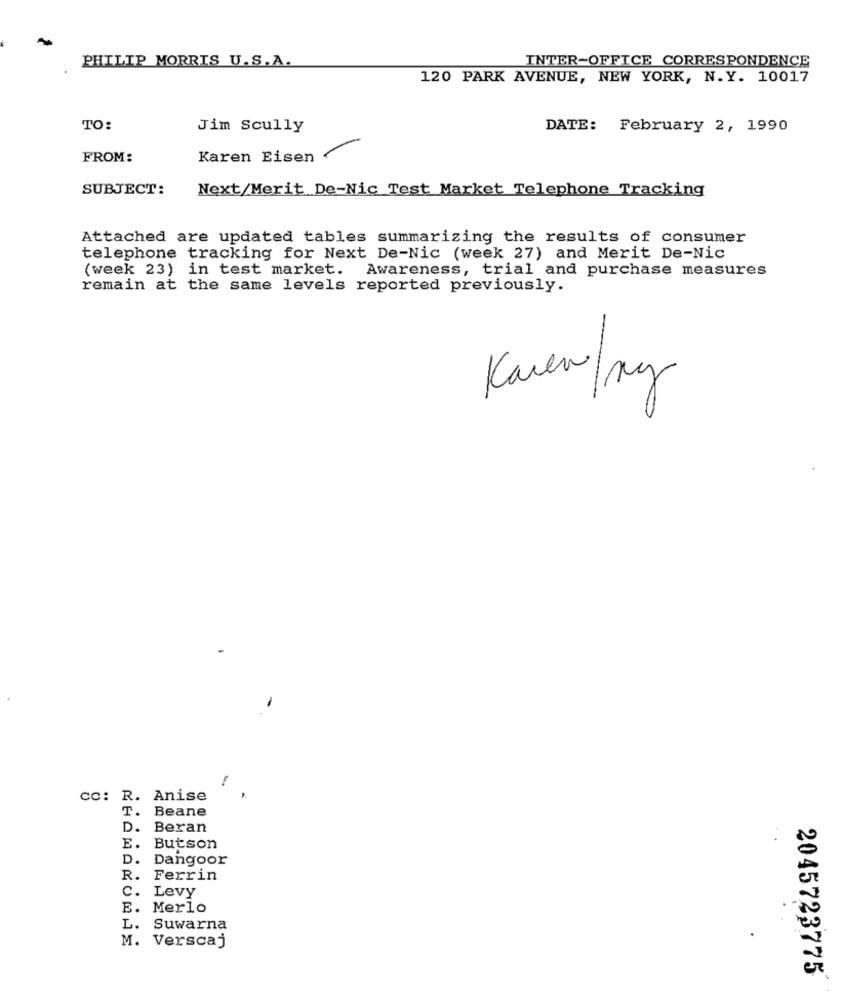
PHILIP MORRIS U.S.A.
INTER-OFFICE CORRESPONDENCE
120 PARK AVENUE, NEW YORK, N.Y. 10017
TO:
Jim Scully
DATE: February 2, 1990
FROM:
Karen Eisen
SUBJECT:
Next/Merit De-Nic Test Market Telephone Tracking
Attached are updated tables summarizing the results of consumer
telephone tracking for Next De-Nic (week 27) and Merit De-Nic
(week 23) in test market. Awareness, trial and purchase measures
remain at the same levels reported previously.
Karen/my
cc: R. Anise
T.
Beane
D. Beran
E. Butson
D.
Dangoor
R.
Ferrin
c.
Levy
E. Merlo
L.
Suwarna
M. Verscaj
2045723775